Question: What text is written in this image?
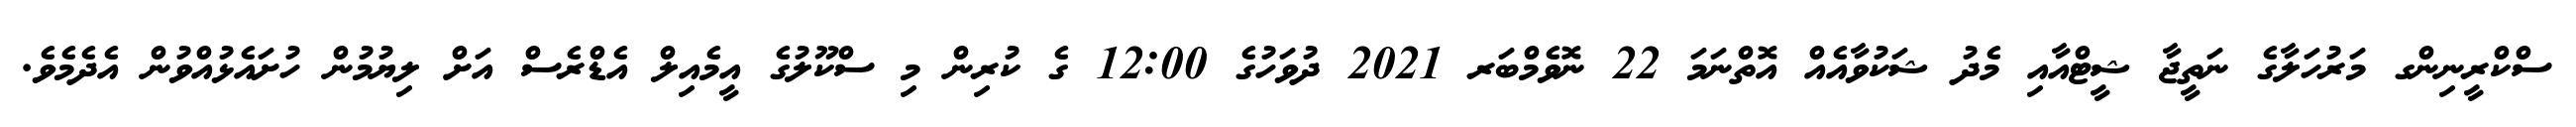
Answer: ސްކްރީނިންގ މަރުހަލާގެ ނަތީޖާ ޝީޓްއާއި މެދު ޝަކުވާއެއް އޮތްނަމަ 22 ނޮވެމްބަރ 2021 ދުވަހުގެ 12:00 ގެ ކުރިން މި ސްކޫލުގެ އީމެއިލް އެޑްރެސް އަށް ލިޔުމުން ހުށައެޅުއްވުން އެދެމެވެ.